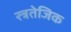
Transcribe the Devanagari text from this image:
स्त्रतेजिक